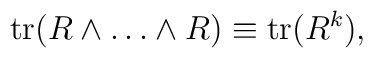
{\rm tr}(R\wedge \ldots \wedge R) \equiv {\rm tr}(R^k),